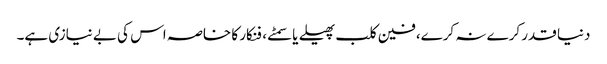
دنیا قدر کرے نہ کرے، فین کلب پھیلے یا سمٹے، فنکار کا خاصہ اس کی بے نیازی ہے۔